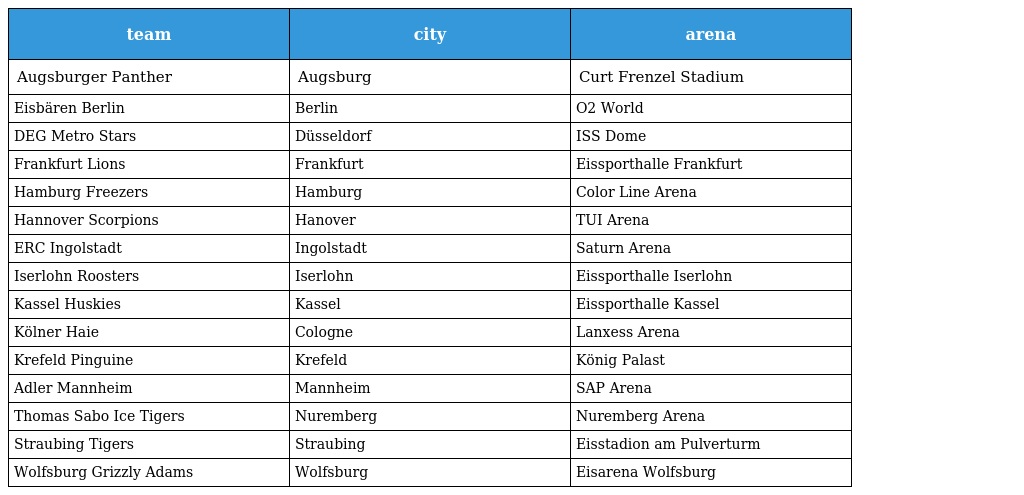
| team | city | arena |
 | --- | --- | --- |
 | Augsburger Panther | Augsburg | Curt Frenzel Stadium |
 | Eisbären Berlin | Berlin | O2 World |
 | DEG Metro Stars | Düsseldorf | ISS Dome |
 | Frankfurt Lions | Frankfurt | Eissporthalle Frankfurt |
 | Hamburg Freezers | Hamburg | Color Line Arena |
 | Hannover Scorpions | Hanover | TUI Arena |
 | ERC Ingolstadt | Ingolstadt | Saturn Arena |
 | Iserlohn Roosters | Iserlohn | Eissporthalle Iserlohn |
 | Kassel Huskies | Kassel | Eissporthalle Kassel |
 | Kölner Haie | Cologne | Lanxess Arena |
 | Krefeld Pinguine | Krefeld | König Palast |
 | Adler Mannheim | Mannheim | SAP Arena |
 | Thomas Sabo Ice Tigers | Nuremberg | Nuremberg Arena |
 | Straubing Tigers | Straubing | Eisstadion am Pulverturm |
 | Wolfsburg Grizzly Adams | Wolfsburg | Eisarena Wolfsburg |